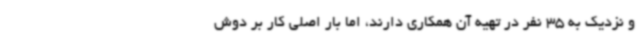
و نزدیک به 35 نفر در تهیه آن همکاری دارند، اما بار اصلی کار بر دوش